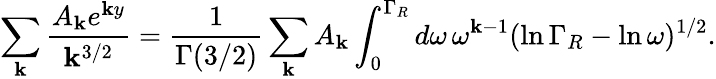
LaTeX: \sum_{\mathbf{k}}\frac{{A_{\mathbf{k}}e^{\mathbf{k}y}}}{{\mathbf{k}^{3/2}}}=\frac{{1}}{{\Gamma(3/2)}}\sum_{\mathbf{k}}A_{\mathbf{k}}\int_{0}^{\Gamma_{R}}d\omega\, \omega^{\mathbf{k}-1}(\ln\Gamma_{R}-\ln\omega)^{1/2}.